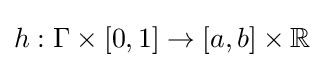
h:\Gamma \times [0,1]\to [a,b]\times \mathbb {R}